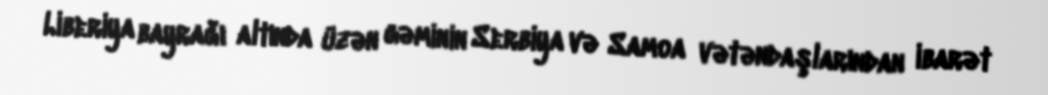
Liberiya bayrağı altında üzən gəminin Serbiya və Samoa vətəndaşlarından ibarət